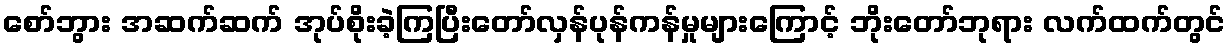
စော်ဘွား အဆက်ဆက် အုပ်စိုးခဲ့ကြပြီးတော်လှန်ပုန်ကန်မှုများကြောင့် ဘိုးတော်ဘုရား လက်ထက်တွင်